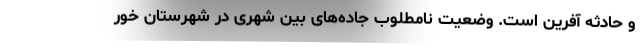
و حادثه آفرین است. وضعیت نامطلوب جاده‌های بین شهری در شهرستان خور